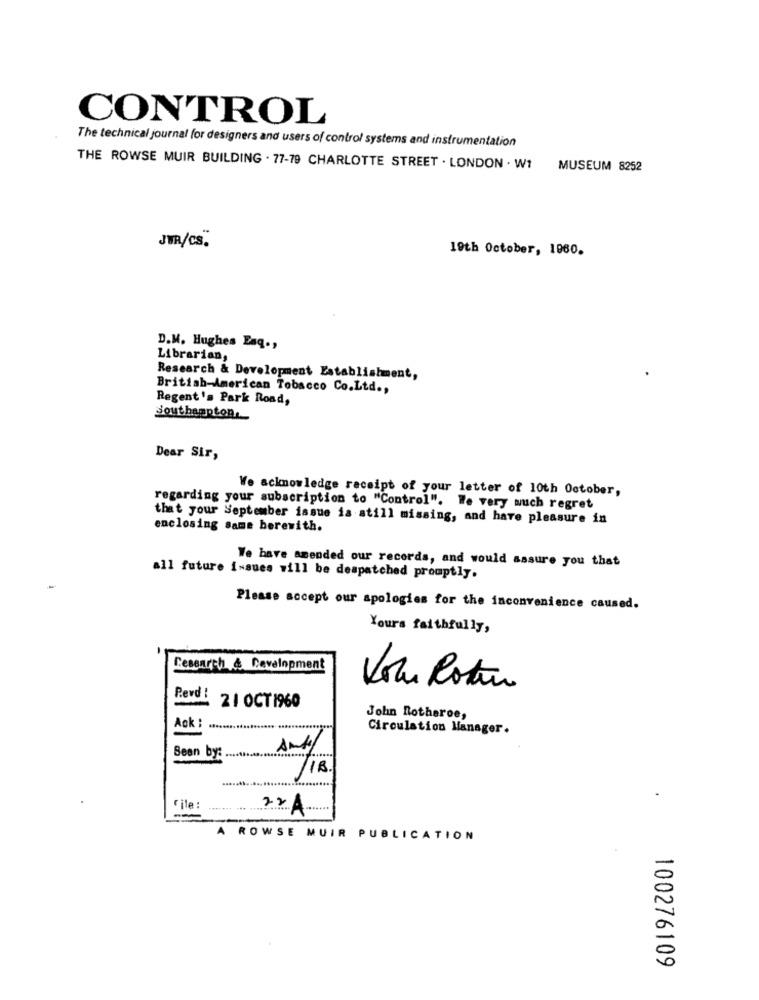
CONTROL
The technical journal for designers and users of control systems and instrumentation
THE ROWSE MUIR BUILDING . 77-79 CHARLOTTE STREET . LONDON . W1
MUSEUM 8252
JWA/cS.
19th October, 1960.
D.M. Hughes Eaq .,
Librarian,
Research & Development Establishment,
British-American Tobacco Co.Ltd .,
Regent's Park Road,
Southampton,
Dear Sir,
We acknowledge receipt of your letter of 10th October,
regarding your subscription to "Control". We very wuch regret
that your September issue is still missing, and have pleasure in
enclosing same berewith.
We have amended our records, and would assure you that
all future issues will be despatched promptly.
Please accept our apologies for the inconvenience caused.
Yours faithfully,
Research & Development
Volu Rotun
Revd !
21 OCT 1960
John Rotherce,
Ack :
Circulation Manager.
Anty
Sean by: .
/18.
File :
22A
A ROWSE MUIR PUBLICATION
100276109